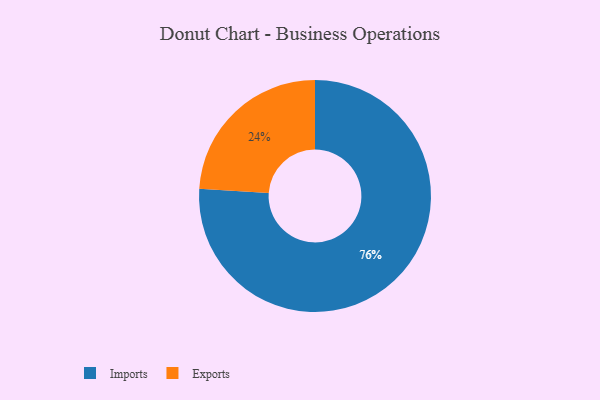
{"axis": {"x": "Category", "y": "Percentage"}, "legend": ["Exports", "Imports"], "data": [{"x": "Imports", "y": 76, "type": "Imports"}, {"x": "Exports", "y": 24, "type": "Exports"}]}